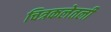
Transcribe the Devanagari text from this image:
चित्रकलेतली